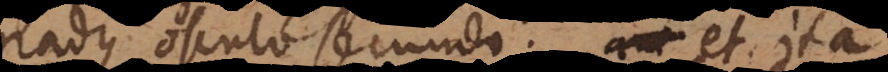
gradus osculo secundo; ani et ita